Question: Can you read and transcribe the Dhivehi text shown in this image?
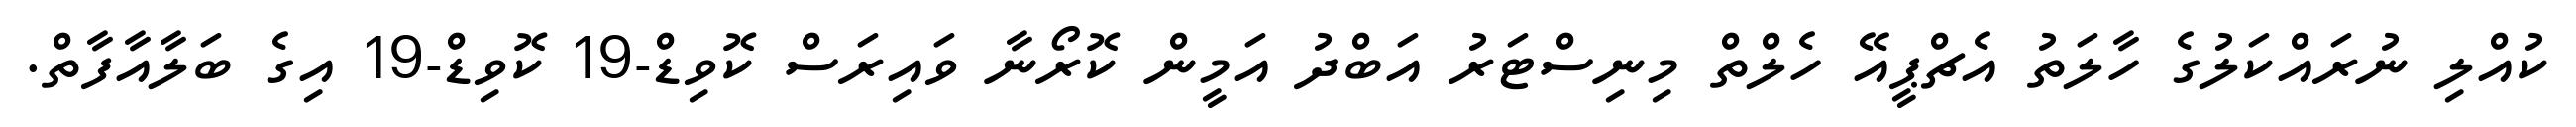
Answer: ކުއްލި ނުރައްކަލުގެ ހާލަތު އެޗްޕީއޭ ހެލްތް މިނިސްޓަރު އަބްދު އަމީން ކޮރޯނާ ވައިރަސް ކޮވިޑް-19 ކޮވިޑް-19 އިގެ ބަލާއާފާތް.